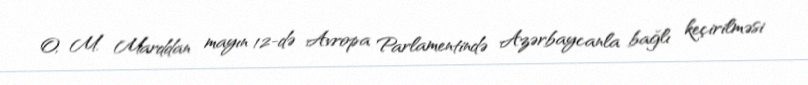
O, M. Marddan mayın 12-də Avropa Parlamentində Azərbaycanla bağlı keçirilməsi